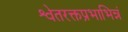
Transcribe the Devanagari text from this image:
श्वेतरक्तप्रभाभिन्नं